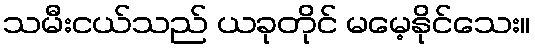
သမီးငယ်သည် ယခုတိုင် မမေ့နိုင်သေး။